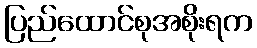
ပြည်ထောင်စုအစိုးရက